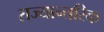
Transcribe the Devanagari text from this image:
राज्यान्तरिक